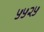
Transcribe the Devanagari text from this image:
५५२५